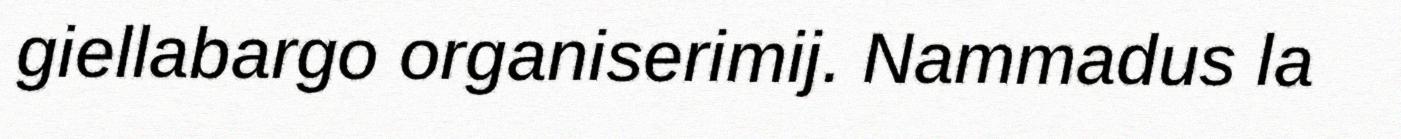
giellabargo organiserimij. Nammadus la